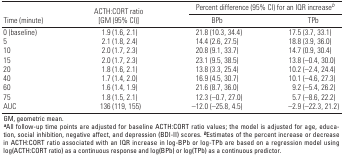
<table><thead><tr><td rowspan="2"><b>Time (minute)</b></td><td rowspan="2"><b>ACTH:CORT ratio [GM (95% CI)]</b></td><td colspan="3"><b>Percent difference (95% CI) for an IQR increase<i>b</i></b></td></tr><tr><td><b>BPb</b></td><td><b>TPb</b></td></tr></thead><tbody><tr><td>0 (baseline)</td><td></td><td>1.9 (1.6, 2.1)</td><td></td><td>21.8 (10.3, 34.4)</td><td></td><td>17.5 (3.7, 33.1)</td></tr><tr><td>5</td><td></td><td>2.1 (1.8, 2.4)</td><td></td><td>14.4 (2.6, 27.5)</td><td></td><td>18.8 (3.9, 36.0)</td></tr><tr><td>10</td><td></td><td>2.0 (1.7, 2.3)</td><td></td><td>20.8 (9.1, 33.7)</td><td></td><td>14.7 (0.9, 30.4)</td></tr><tr><td>15</td><td></td><td>2.0 (1.7, 2.3)</td><td></td><td>23.1 (9.5, 38.5)</td><td></td><td>13.8 (–0.4, 30.0)</td></tr><tr><td>20</td><td></td><td>1.8 (1.6, 2.1)</td><td></td><td>13.8 (3.3, 25.4)</td><td></td><td>10.2 (–2.4, 24.4)</td></tr><tr><td>40</td><td></td><td>1.7 (1.4, 2.0)</td><td></td><td>16.9 (4.5, 30.7)</td><td></td><td>10.1 (–4.6, 27.3)</td></tr><tr><td>60</td><td></td><td>1.6 (1.4, 1.9)</td><td></td><td>21.6 (8.7, 36.0)</td><td></td><td>9.2 (–5.4, 26.2)</td></tr><tr><td>75</td><td></td><td>1.8 (1.5, 2.1)</td><td></td><td>12.3 (–0.7, 27.0)</td><td></td><td>5.7 (–8.6, 22.2)</td></tr><tr><td>AUC</td><td></td><td>136 (119, 155)</td><td></td><td>–12.0 (–25.8, 4.5)</td><td></td><td>–2.9 (–22.3, 21.2)</td></tr><tr><td colspan="7">GM, geometric mean. <b>a</b>All follow-up time points areadjusted for baseline ACTH:CORT ratio values; the model is adjusted forage, education, social inhibition, negative affect, and depression(BDI-II) scores. <b>b</b>Estimates of the percent increase or decreasein ACTH:CORT ratio associated with an IQR increase in log-BPb or log-TPbare based on a regression model using log(ACTH:CORT ratio) as acontinuous response and log(BPb) or log(TPb) as a continuouspredictor.</td></tr></tbody></table>